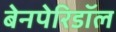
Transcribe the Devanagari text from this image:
बेनपेरिडॉल